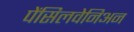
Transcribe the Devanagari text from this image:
पेंसिलवेनिअन